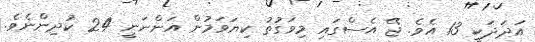
އަދަދަކީ 13 އެވެ. ޖޭ އެސްގައި މިވަގުތު ކިޔަވަމުން އަންނަނީ 24 ކުދިންނެވެ.